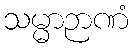
သမ္မာဉာဏံ